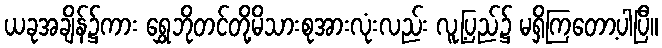
ယခုအချိန်၌ကား ရွှေဘိုတင်တို့မိသားစုအားလုံးလည်း လူ့ပြည်၌ မရှိကြတော့ပါပြီ။